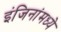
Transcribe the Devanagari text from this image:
इंजिनांमध्ये